Annual report of the Bengal Veterinary College and of the Civil Veterinary Department, Bengal, for the year 1919-20 - 1919-1920
Year: 1919
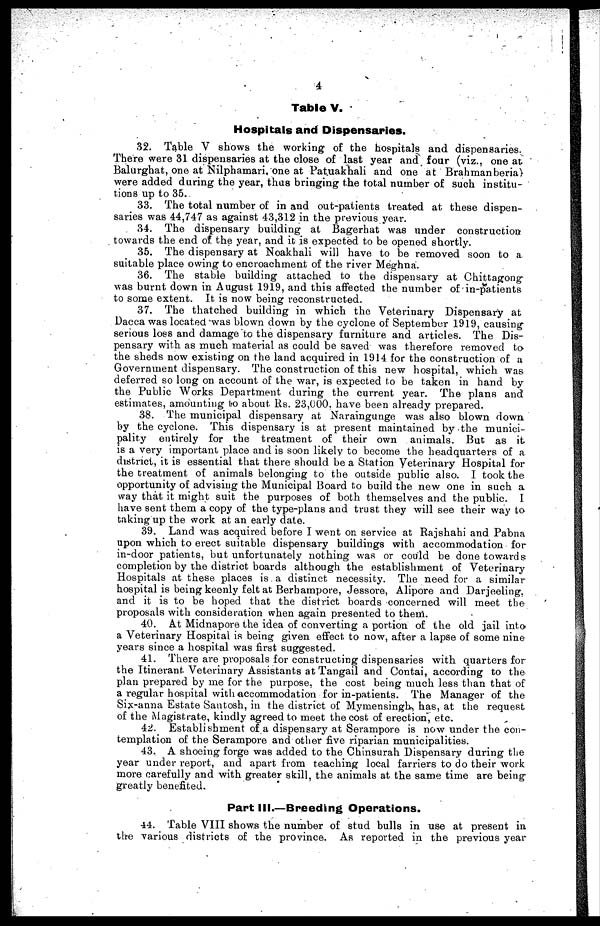
4
Table V.
Hospitals and Dispensaries.
32. Table V shows the working of the hospitals and dispensaries.
There were 31 dispensaries at the close of last year and four (viz., one at
Balurghat, one at Nilphamari, one at Patuakhali and one at Brahman beria)
were added during the year, thus bringing the total number of such institu-
tions up to 35.
33. The total number of in and out-patients treated at these dispen-
saries was 44,747 as against 43,312 in the previous year.
34. The dispensary building at Bagerhat was under construction
towards the end of the year, and it is expected to be opened shortly.
35. The dispensary at Noakhali will have to be removed soon to a
suitable place owing to encroachment of the river Meghna.
36. The stable building attached to the dispensary at Chittagong
was burnt down in August 1919, and this affected the number of in-patients
to some extent. It is now being reconstructed.
37. The thatched building in which the Veterinary Dispensary at
Dacca was located was blown down by the cyclone of September 1919, causing
serious loss and damage to the dispensary furniture and articles. The Dis-
pensary with as much material as could be saved was therefore removed to
the sheds now existing on the land acquired in 1914 for the construction of a
Government dispensary. The construction of this new hospital, which was
deferred so long on account of the war, is expected to be taken in hand by
the Public Works Department during the current year. The plans and
estimates, amounting to about Rs. 23,000. have been already prepared.
38. The municipal dispensary at Naraingunge was also blown down
by the cyclone. This dispensary is at present maintained by the munici-
pality entirely for the treatment of their own animals. But as it
is a very important place and is soon likely to become the headquarters of a
district, it is essential that there should be a Station Veterinary Hospital for
the treatment of animals belonging to the outside public also. I took the
opportunity of advising the Municipal Board to build the new one in such a
way that it might suit the purposes of both themselves and the public. I
have sent them a copy of the type-plans and trust they will see their way to
taking up the work at an early date.
39. Land was acquired before I went on service at Rajshahi and Pabna
upon which to erect suitable dispensary buildings with accommodation for
in-door patients, but unfortunately nothing was or could be done towards
completion by the district boards although the establishment of Veterinary
Hospitals at these places is a distinct necessity. The need for a similar
hospital is being keenly felt at Berbampore, Jessore, Alipore and Darjeeling,
and it is to be hoped that the district boards concerned will meet the
proposals with consideration when again presented to them.
40. At Midnapore the idea of converting a portion of the old jail into
a Veterinary Hospital is being given effect to now, after a lapse of some nine
years since a hospital was first suggested.
41. There are proposals for constructing dispensaries with quarters for
the Itinerant Veterinary Assistants at Tangail and Contai, according to the
plan prepared by me for the purpose, the cost being much less than that of
a regular hospital with accommodation for in-patients. The Manager of the
Six-anna Estate Santosh, in the district of Mymensingh, has, at the request
of the Magistrate, kindly agreed to meet the cost of erection, etc.
42. Establishment of a dispensary at Serampore is now under the con-
templation of the Serampore and other five riparian municipalities.
43. A shoeing forge was added to the Chinsurah Dispensary during the
year under report, and apart from teaching local farriers to do their work
more carefully and with greater skill, the animals at the same time are being
greatly benefited.
Part III.—Breeding Operations.
44. Table VIII shows the number of stud bulls in use at present in,
the various districts of the province. As reported in the previous year